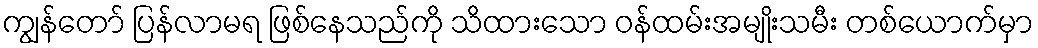
ကျွန်တော် ပြန်လာမရ ဖြစ်နေသည်ကို သိထားသော ဝန်ထမ်းအမျိုးသမီး တစ်ယောက်မှာ